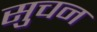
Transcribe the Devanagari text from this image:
सुचन